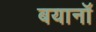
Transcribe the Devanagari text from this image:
बयानॉ